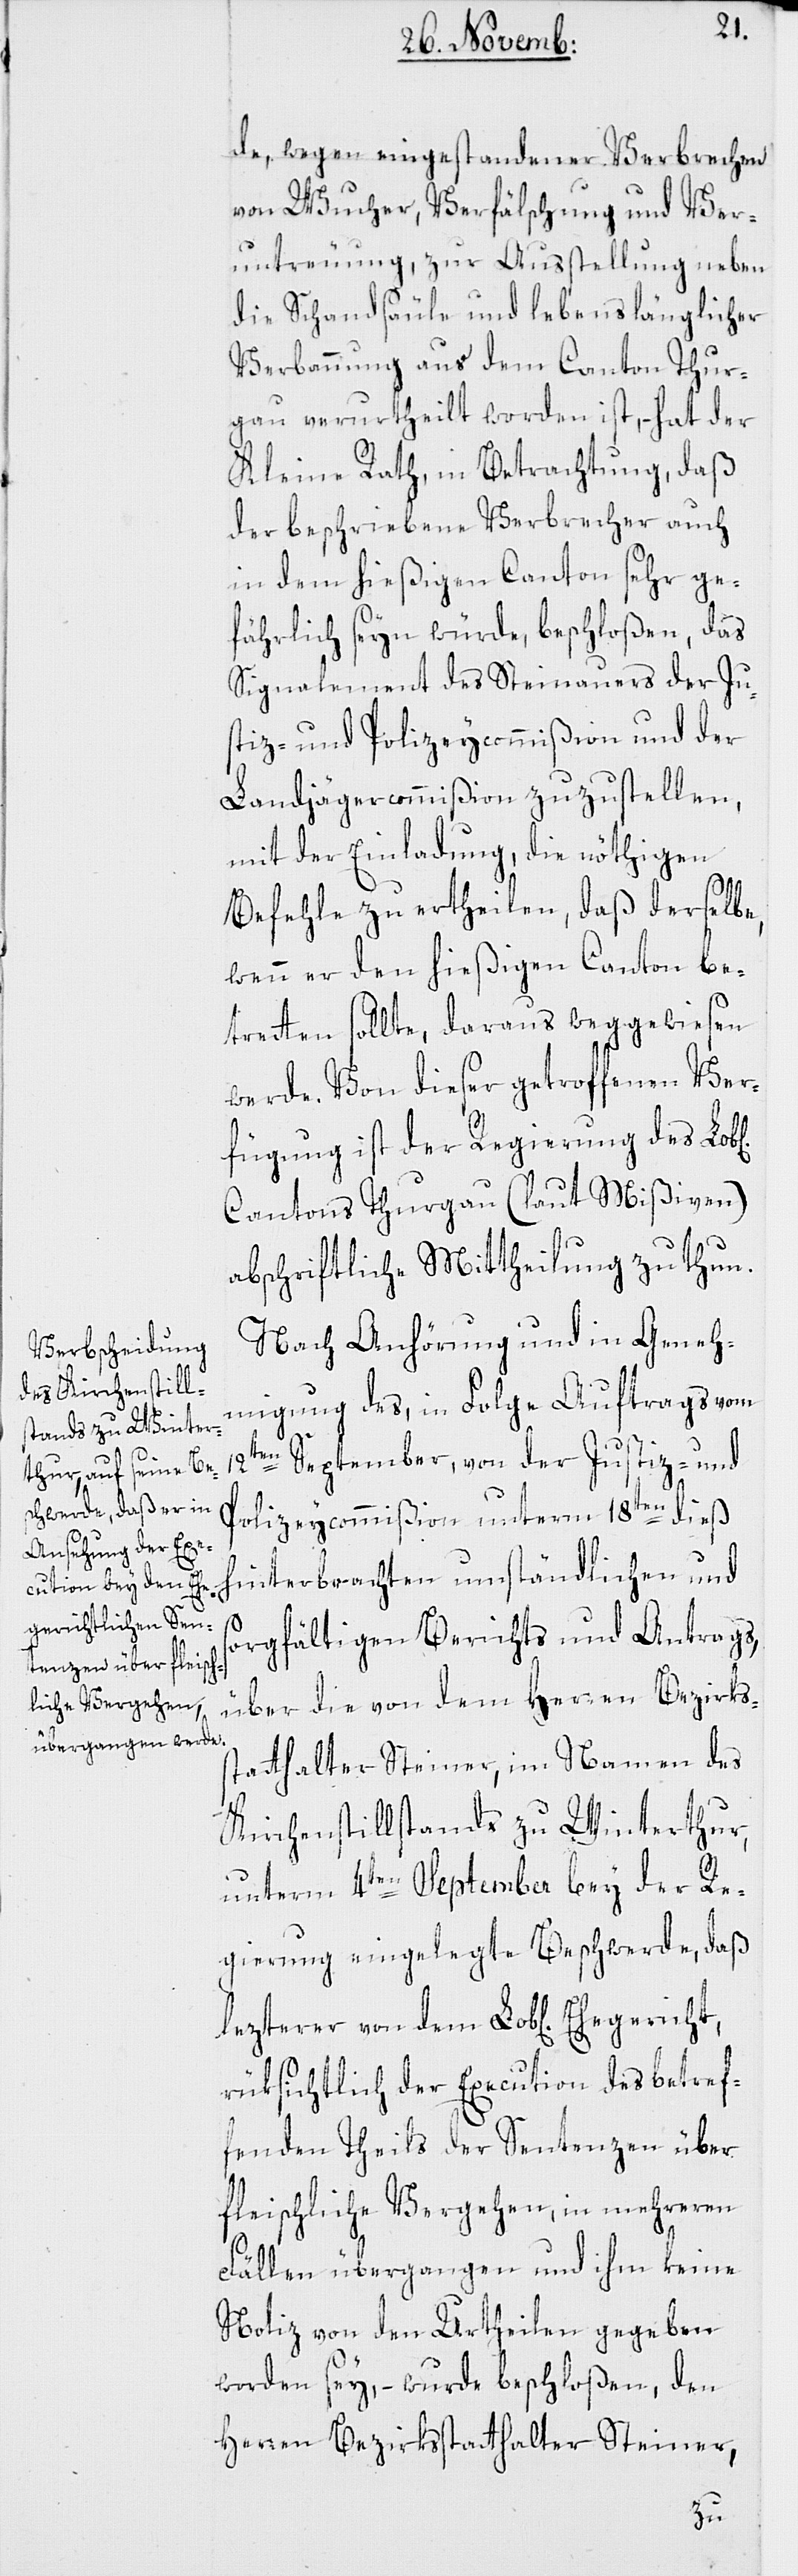
de, wegen eingestandener Verbrechen
von Wucher, Verfälschung und Ver¬
untreuung, zur Ausstellung neben
die Schandsäule und lebenslänglicher
Verbannung aus dem Canton Thur¬
gau verurtheilt worden ist, hat der
Kleine Rath, in Betrachtung, daß
der beschriebene Verbrecher auch
in dem hießigen Canton sehr ge¬
fährlich seyn würde, beschloßen, das
Signalement des Steinauers der Ju¬
stiz- und Polizeycommißion und der
Landjägercommißion zuzustellen,
mit der Einladung, die nöthigen
Befehle zu ertheilen, daß derselbe,
wenn er den hießigen Canton be¬
tretten sollte, daraus weggewiesen
werde. Von dieser getroffenen Ver¬
fügung ist der Regierung des
Cantons Thurgau (laut Mißiven)
abschriftliche Mittheilung zu thun.
Nach Anhörung und in Geneh¬
migung des, in Folge Auftrags vom
12ten September, von der Justiz- und
Polizeycommißion unterm 18ten dieß
hinterbrachten umständlichen und
sorgfältigen Berichts und Antrags,
über die von dem Herren Bezirks¬
statthalter Steiner, im Namen des
Kirchenstillstands zu Winterthur,
unterm 4ten September bey der Re¬
gierung eingelegte Beschwerde, daß
rüksichtlich der Execution des betref¬
fenden Theils der Sentenzen über
fleischliche Vergehen, in mehreren
Fällen übergangen und ihm keine
Notiz von den Urtheilen gegeben
worden sey, – wurde beschloßen, den
Herren Bezirksstatthalter Steiner,